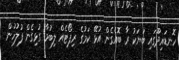
ހޮނޑައިދޫގައި ބަޔަކު ރާ ބޮއެގެން އުޅޭ ކަމުގެ ރިޕޯޓެއް ލިބުމާ ގުޅިގެން ފުލުހުން